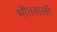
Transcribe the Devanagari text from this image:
भीतवाली